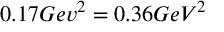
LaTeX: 0 . 1 7 G e v ^ { 2 } = 0 . 3 6 G e V ^ { 2 }